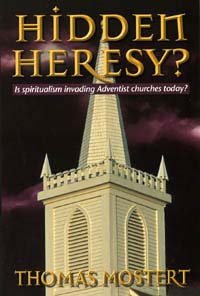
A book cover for Hidden Heresy?: Is Spiritualism Invading the Adventist Church?; Tom Mostert; Christian Books & Bibles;